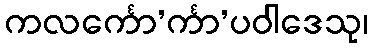
ကလင်္ကော’င်္ကာ’ပဝါဒေသု၊